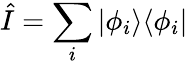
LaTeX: {\hat{I}}=\sum_{i}|\phi_{i}\rangle\langle\phi_{i}|